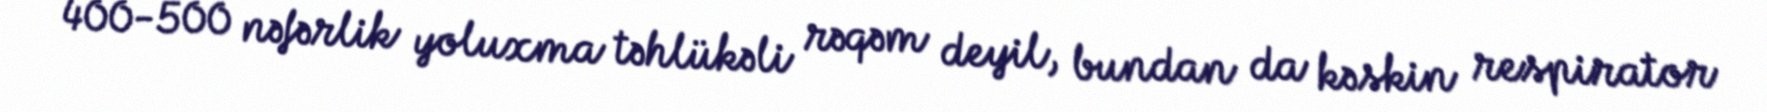
400-500 nəfərlik yoluxma təhlükəli rəqəm deyil, bundan da kəskin respirator